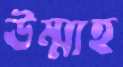
উম্মাহ